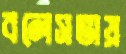
বলেসভায়